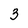
Character: 3